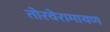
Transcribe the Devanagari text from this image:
तोरवेरामायण